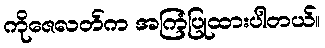
ကိုဇေလတ်က အကြံပြုထားပါတယ်။